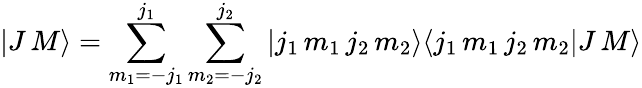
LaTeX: |J\, M\rangle=\sum_{m_{1}=-j_{1}}^{j_{1}}\sum_{m_{2}=-j_{2}}^{j_{2}}|j_{1}\, m_{1}\, j_{2}\, m_{2}\rangle\langle j_{1}\, m_{1}\, j_{2}\, m_{2}|J\, M\rangle